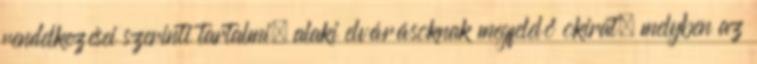
rendelkezései szerinti tartalmi, alaki elvárásoknak megfelelő okirat, melyben az